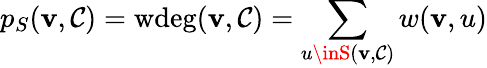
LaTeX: p_{S}(\mathbf{v},\mathcal{{C}})=\mathrm{{wdeg}}(\mathbf{v},\mathcal{{C}})=\sum_{u\inS(\mathbf{v},\mathcal{{C}})}w(\mathbf{v},u)